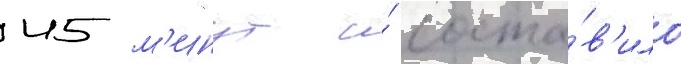
45 м'инут и́ соста́в'ило